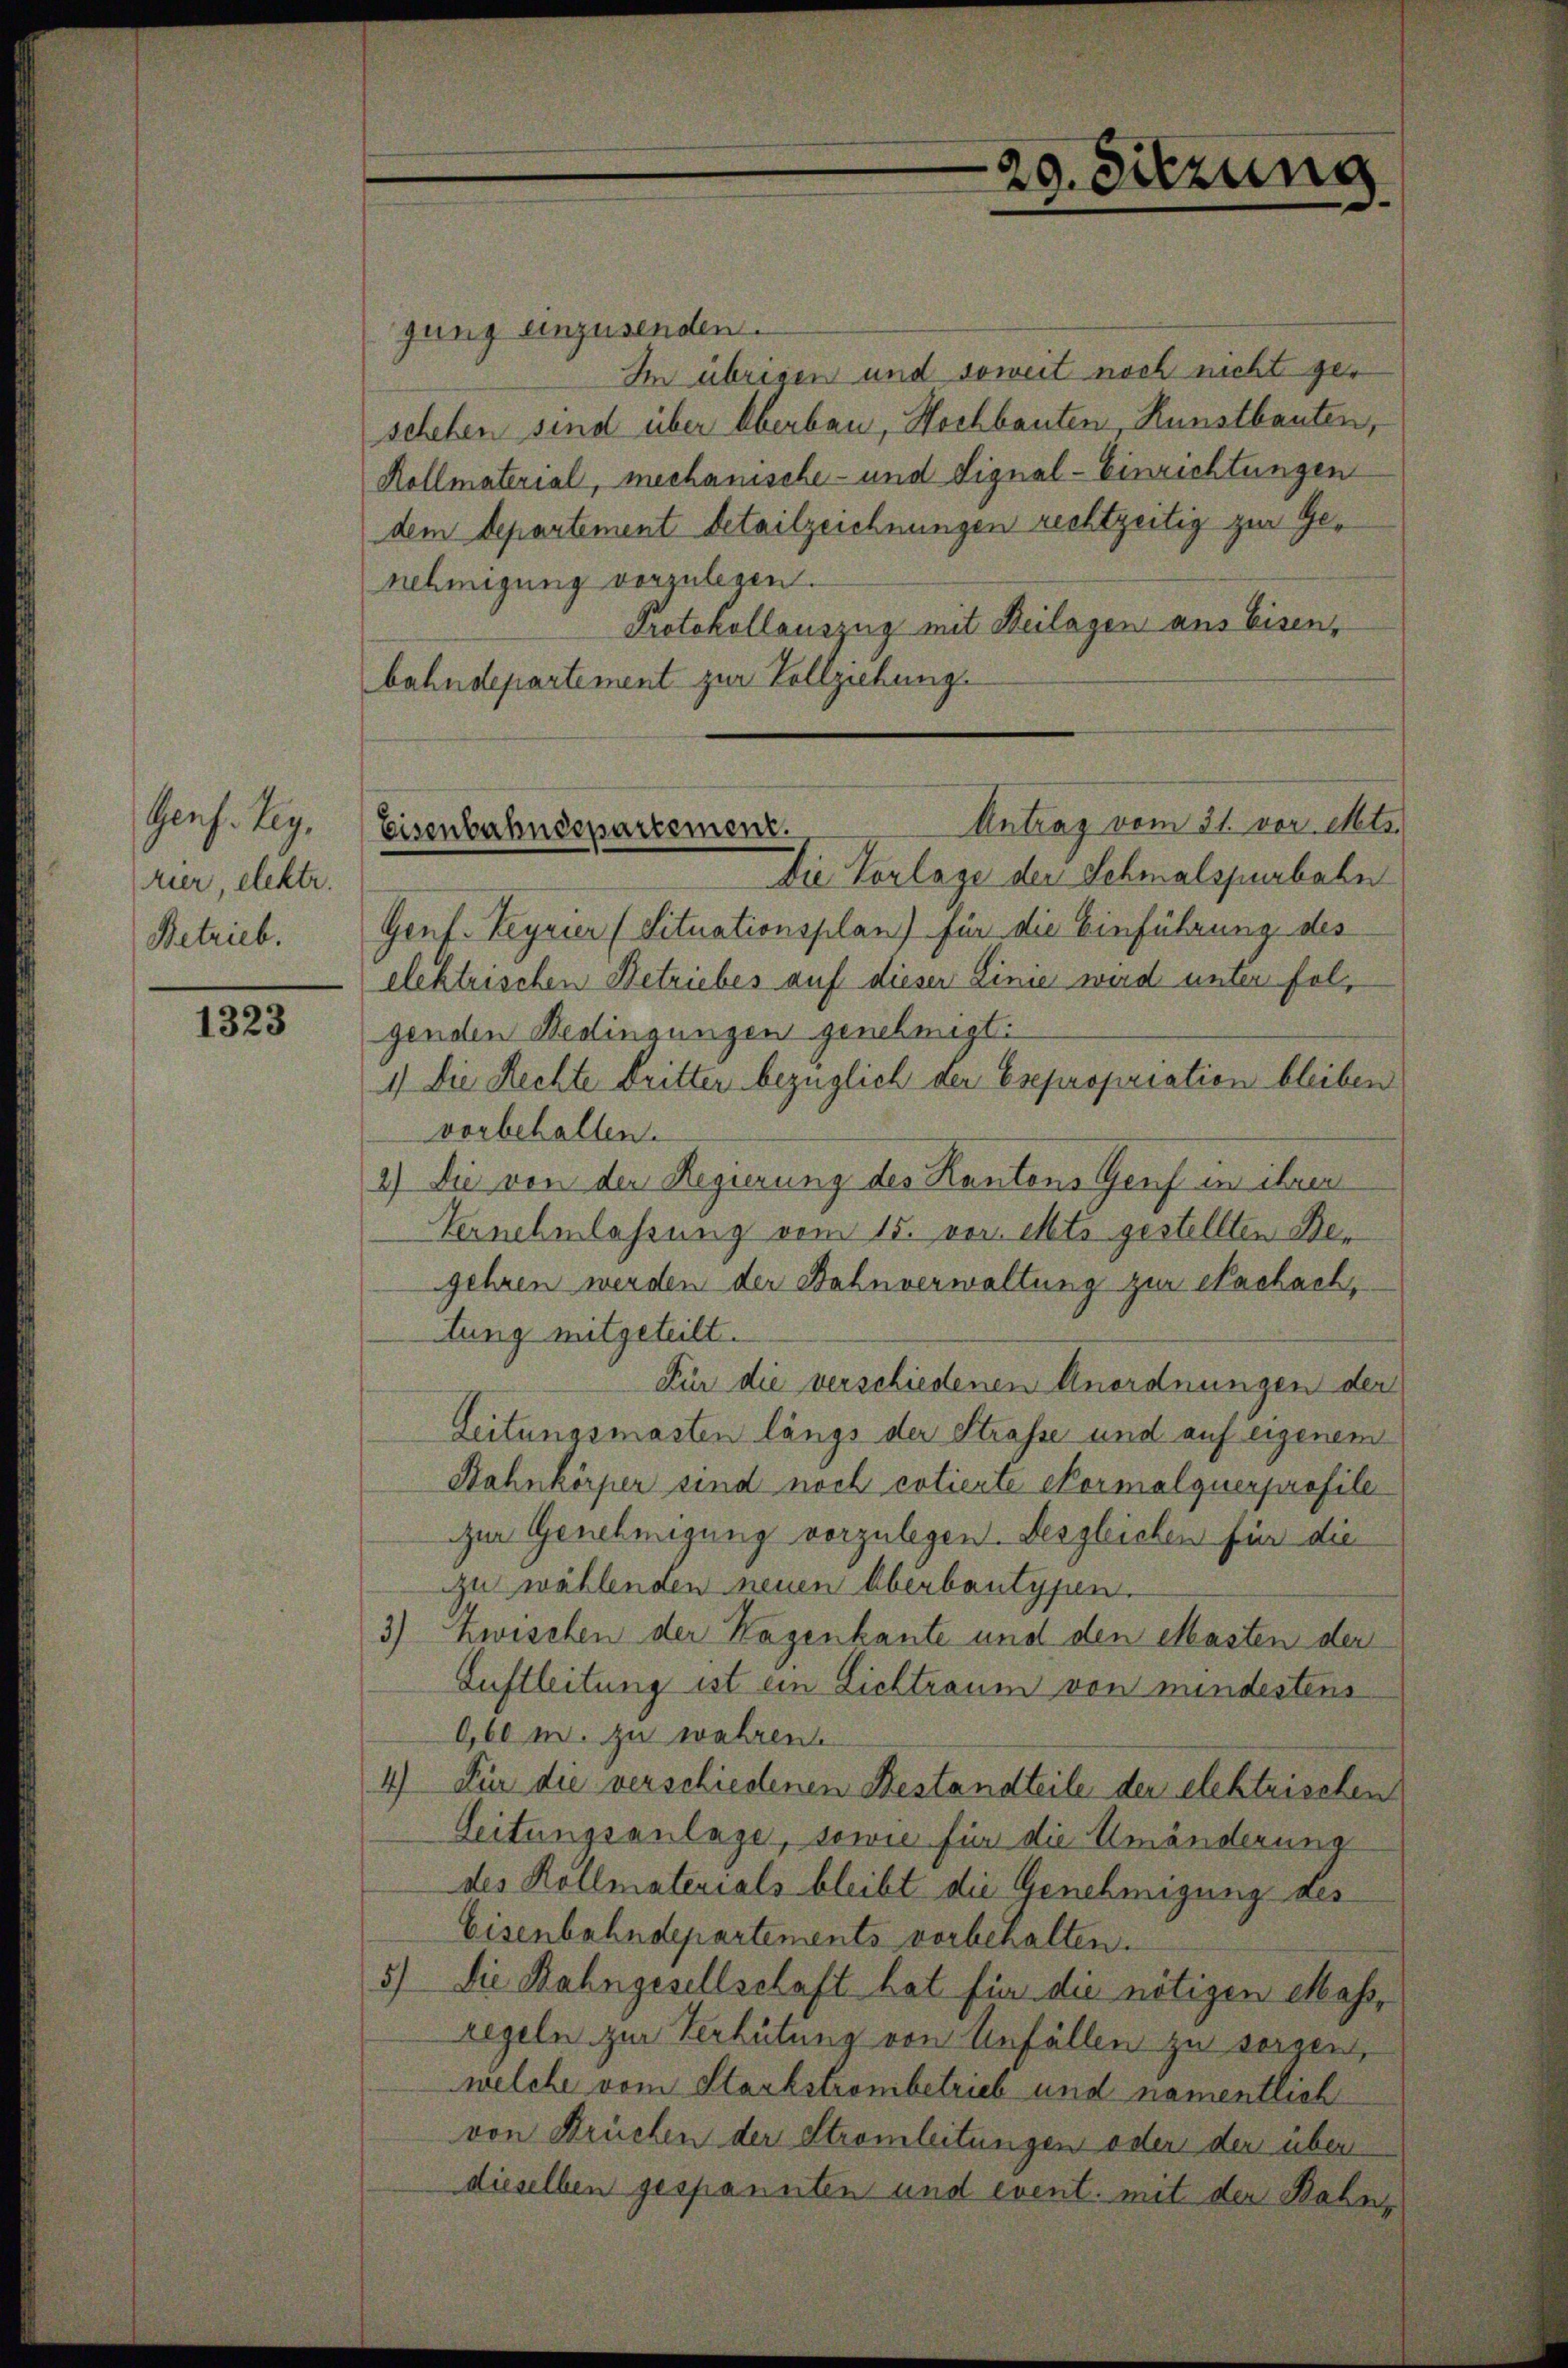
Gens. Leg.
rier, elektr.
Betrieb.

1323

gung einzusenden.
Im übrigen und soweit noch nicht geschehen sind über Oberbau, Hochbauten, Kunstbauten,
Kollmaterial, mechanische- und Signal-Einrichtungen
dem Departement detailzeichnungen rechtzeitig zur Genehmigung vorzulegen.
Protokollauszug mit Beilagen aus Eisenbahndepartement zur Vollziehung
Die Vorlage der Schmalspurbahn
Genf. Beyrier (Situationsplan) für die Einführung des
elektrischen Betriebes auf dieser Linie wird unter folgenden Bedingungen genehmigt.
1) Die Rechte Dritter bezüglich der Esepropriation bleiben
vorbehalten.
2) Die von der Regierung des Kantons Genf in ihren
Vernehmlassung vom 15. vor. Mts. gestellten Begehren werden der Bahnverwaltung zur Nachach,
itung mitgeteilt.
Für die verschiedenen Anordnungen der
Leitungsmasten längs der Strasse und auf eigenem
Rahnkörper sind noch cotierte Formalguerprofile
zur Genehmigung vorzulegen. Desgleichen für die
zu wählenden neuen Überbautypen.
3) Zwischen der Hagenkante und den Masten der
Luftleitung ist ein Lichtraum von mindestens
0,60 M. zu wahren.
4.) Für die verschiedenen Bestandteile der elektrischen
Leitungsanlage, sowie für die Umänderung
des Kollmaterials bleibt die Genehmigung des
Eisenbahndepartements vorbehalten.
5) Die Bahngesellschaft hat für die nötigen Mass-
regeln zur Verhütung von Unfällen zu sorgen,
welche vom Starkstrombetrieb und namentlich
von Brüchen der Stromleitungen oder den über
dieselben gespannten und event. mit der Bahnz

Antrag vom 31. vor. Mts.
Eisenbahndepartement.

29. Sitzung